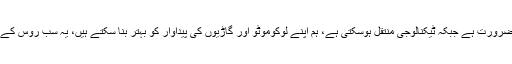
حماد اظہر نے مزید کہا کہ اس میں بہت سے سبق ہیں جنہیں یاد رکھنے کی ضرورت ہے جبکہ ٹیکنالوجی منتقل ہوسکتی ہے، ہم اپنے لوکوموٹو اور گاڑیوں کی پیداوار کو بہتر بنا سکتے ہیں، یہ سب روس کے ساتھ شراکت داری کی صورت ہی میں ہوسکتا ہے اور ہم اس کے منتظر ہیں۔